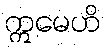
ဣမေဟိ